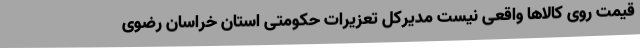
قیمت روی کالاها واقعی نیست مدیرکل تعزیرات حکومتی استان خراسان رضوی